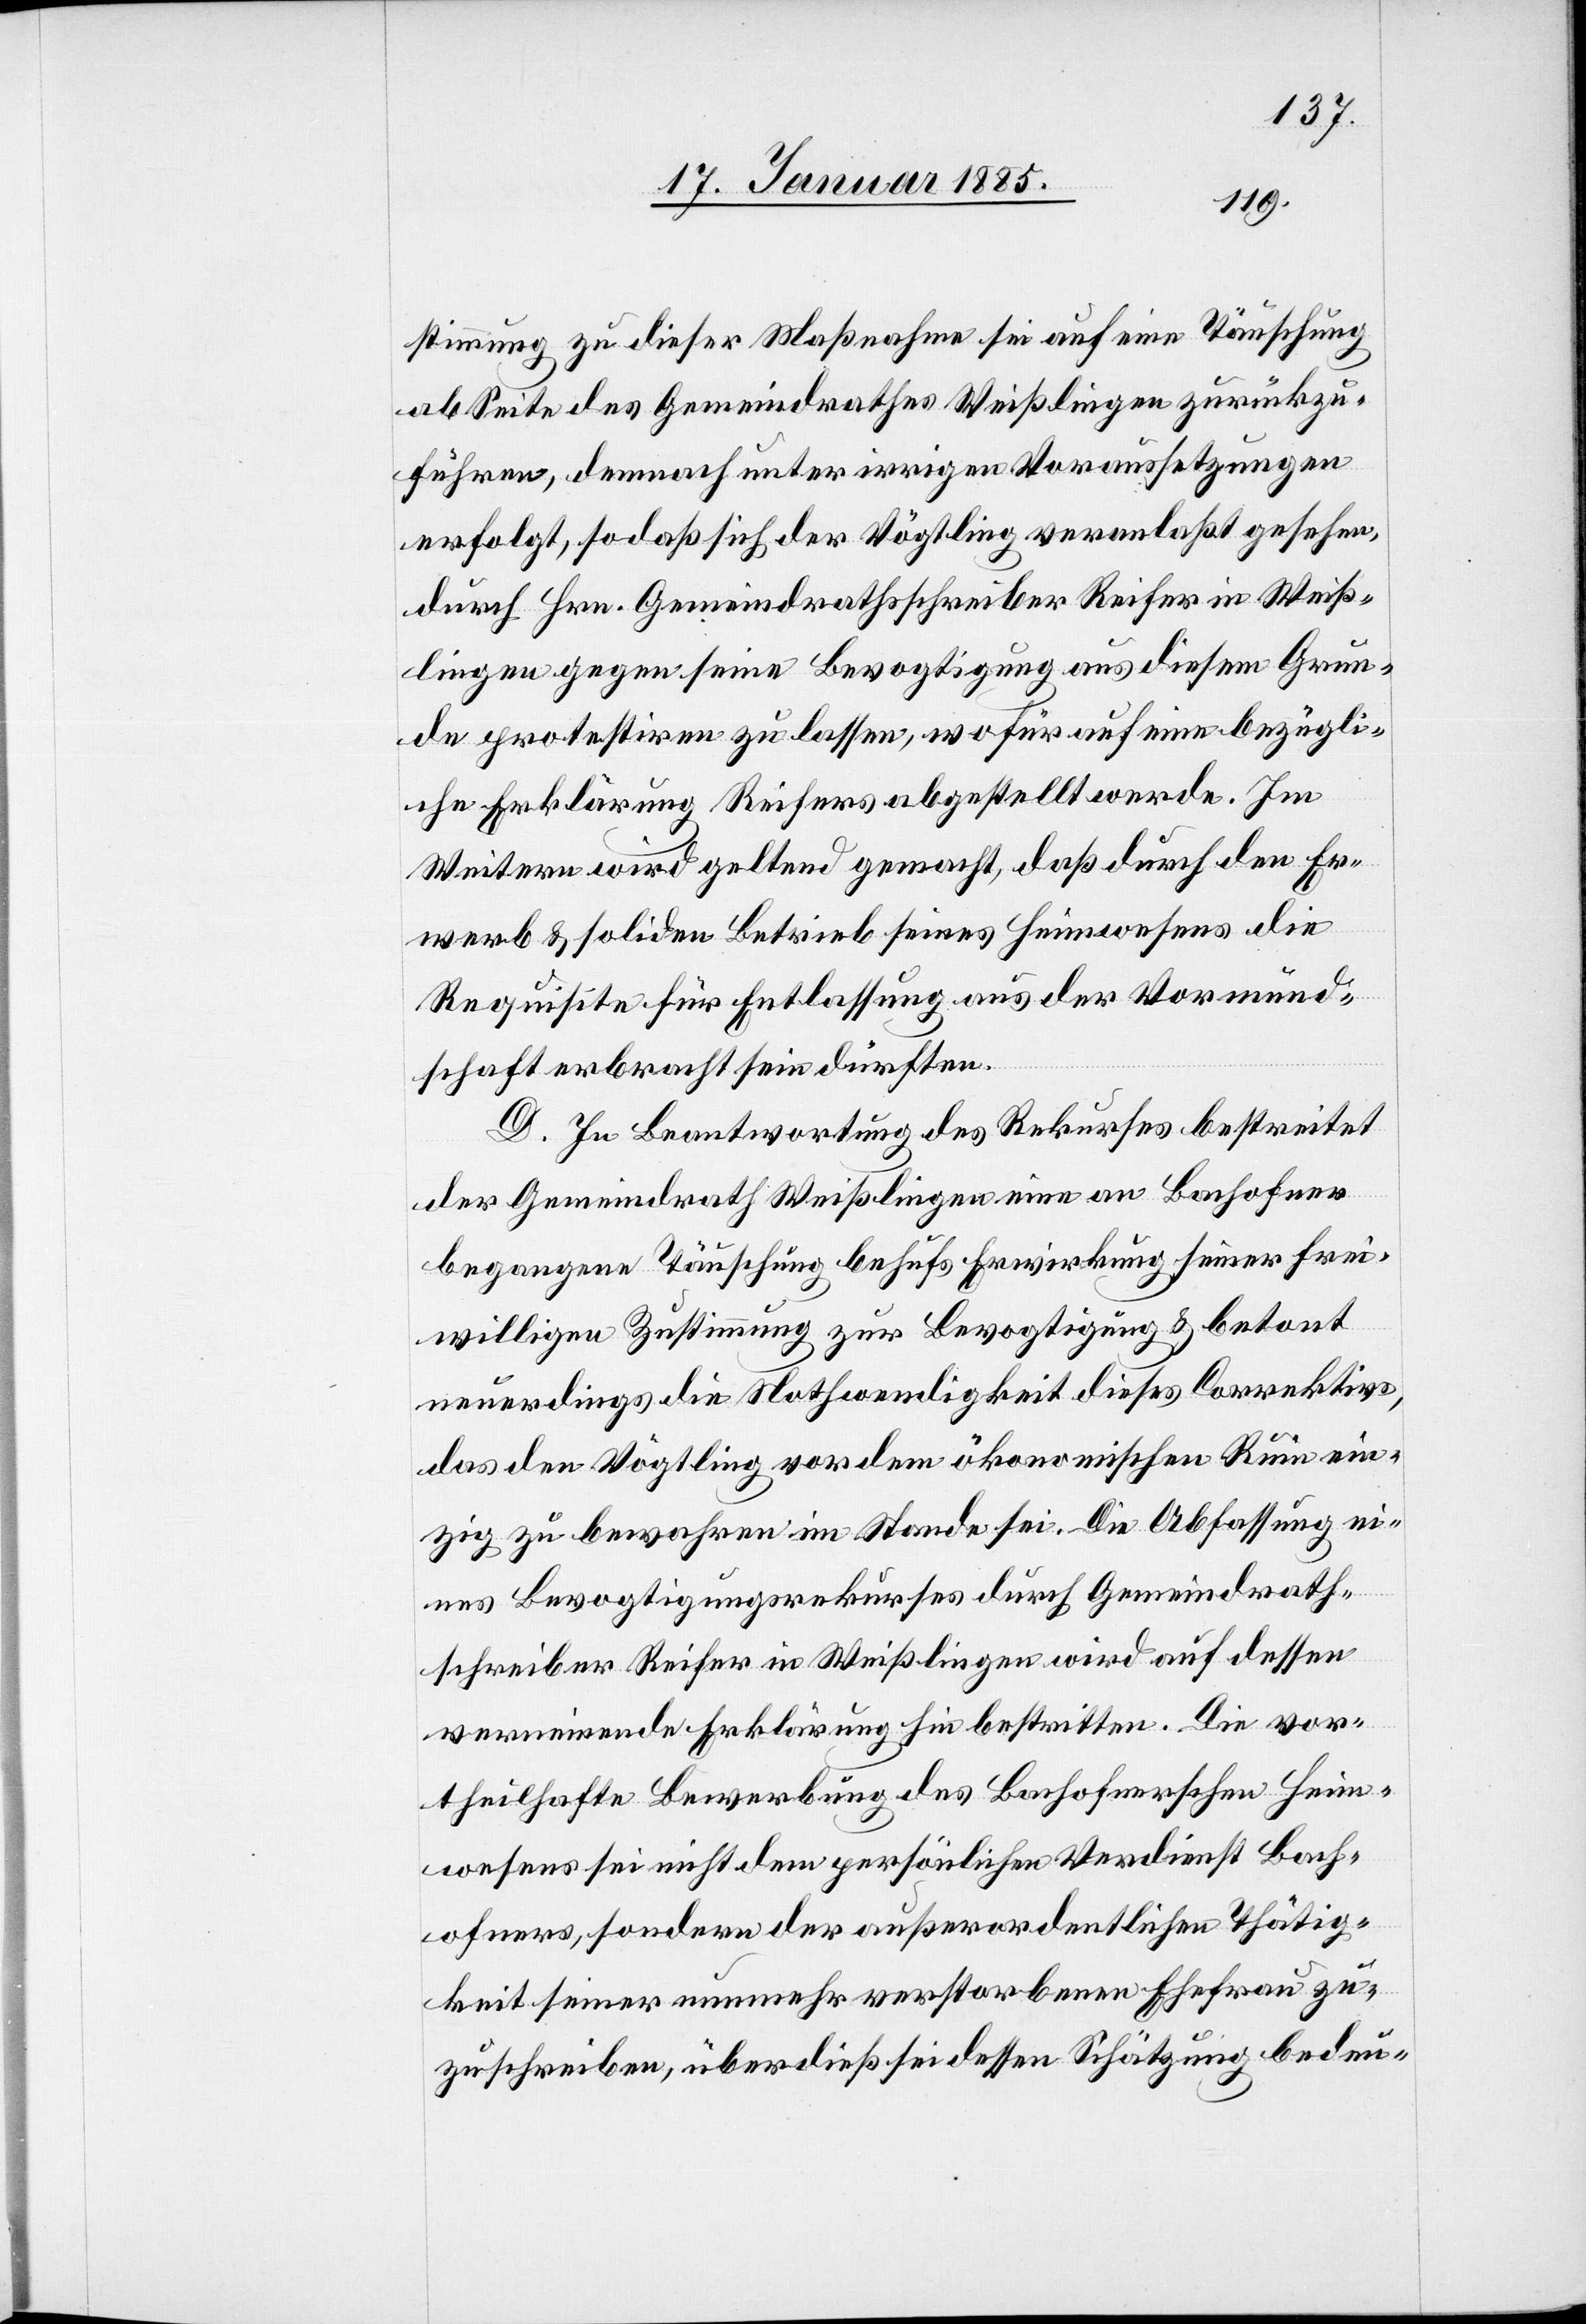
stimmung zu dieser Maßnahme sei auf eine Täuschung
ab Seite des Gemeindrathes Weißlingen zurückzu¬
führen, demnach unter irrigen Voraussetzungen
erfolgt, sodaß sich der Vögtling veranlaßt gesehen,
durch Hrn. Gemeindrathsschreiber Reifer in Weiß¬
lingen gegen seine Bevogtigung aus diesem Grun¬
de protestiren zu lassen, wofür auf eine bezügli¬
che Erklärung Reifers abgestellt werde. Im
Weitern wird geltend gemacht, daß durch den Er¬
werb & soliden Betrieb seines Heimwesens die
Requisite für Entlassung aus der Vormund¬
schaft erbracht sein dürften.
D. In Beantwortung des Rekurses bestreitet
der Gemeindrath Weißlingen eine an Bachofner
begangene Täuschung behufs Erwirkung seiner frei¬
willigen Zustimmung zur Bevogtigung & betont
neuerdings die Nothwendigkeit dieses Correktivs,
das den Vögtling vor dem ökonomischen Ruin ein¬
zig zu bewahren im Stande sei. Die Abfassung e¬
ines Bevogtigungsrekurses durch Gemeindrath¬
schreiber Reifer in Weißlingen wird auf dessen
verneinende Erklärung hin bestritten. Die vor¬
theilhafte Bewerbung des Bachhofnerschen Heim¬
wesens sei nicht dem persönlichen Verdienst Bach¬
ofners, sondern der außerordentlichen Thätig¬
keit seiner nunmehr verstorbenen Ehefrau zu¬
zuschreiben, überdieß sei dessen Schätzung bedeu-